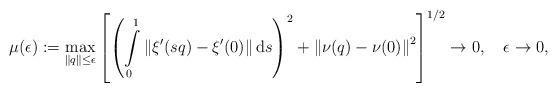
LaTeX: \begin{gather*}\mu(\epsilon):=\max_{\left\Vert q\right\Vert \le\epsilon}\left[\left(\intop_{0}^{1}\left\Vert \xi^{\prime}(sq)-\xi^{\prime}(0)\right\Vert \mathrm{d}s\right)^{2}+\left\Vert \nu(q)-\nu(0)\right\Vert ^{2}\right]^{1/2}\to0,\quad\epsilon\to0,\end{gather*}